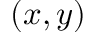
( x , y )